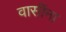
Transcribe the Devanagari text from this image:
वासींना